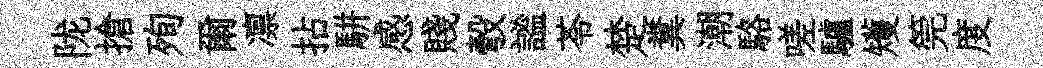
陇搶殉爾凛拈駢感賤彀謐苓楚糞潮駱嗟驢矱筦度